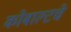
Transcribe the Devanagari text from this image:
कोबाल्टचे